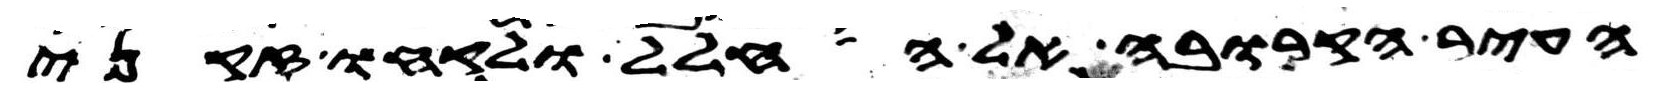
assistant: העיר הקרובה אל החלל ולקחו זקני